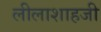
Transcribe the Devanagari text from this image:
लीलाशाहजी